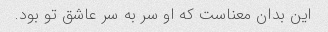
این بدان معناست که او سر به سر عاشق تو بود.